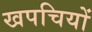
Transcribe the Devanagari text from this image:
खपचियों